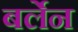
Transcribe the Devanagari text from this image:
बर्लेन